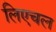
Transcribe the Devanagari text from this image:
लिएचल